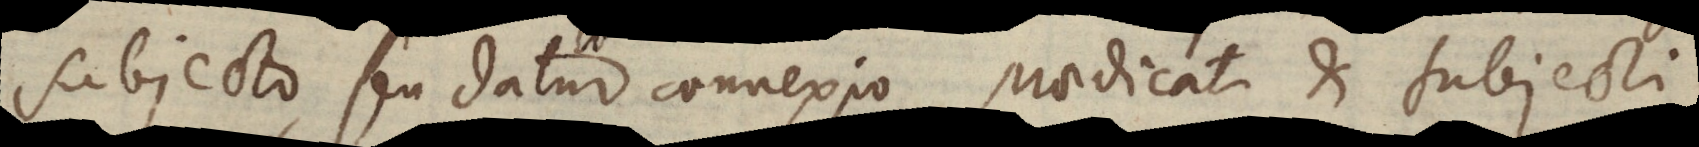
subjecto, seu datur connexio praedicati et subjecti